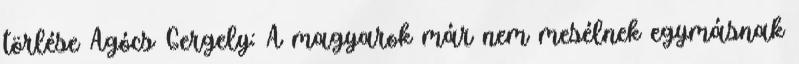
törlése Agócs Gergely: A magyarok már nem mesélnek egymásnak